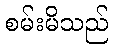
စမ်းမိသည်